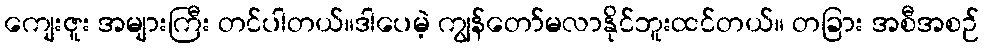
ကျေးဇူး အများကြီး တင်ပါတယ်။ဒါပေမဲ့ ကျွန်တော်မလာနိုင်ဘူးထင်တယ်။ တခြား အစီအစဉ်